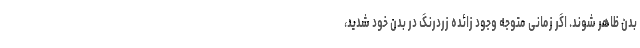
بدن ظاهر شوند. اگر زمانی متوجه وجود زائده زردرنگ در بدن خود شدید،